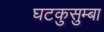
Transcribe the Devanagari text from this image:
घटकुसुम्बा